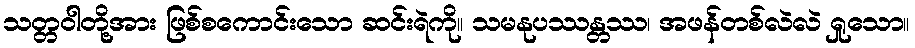
သတ္တဝါတို့အား ဖြစ်စကောင်းသော ဆင်းရဲကို။ သမနုပဿန္တဿ၊ အဖန်တစ်လဲလဲ ရှုသော။